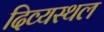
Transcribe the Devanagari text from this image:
दिव्यस्थल